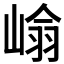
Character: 𭖺